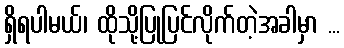
ရှိရပါမယ်၊ ထိုသို့ပြုပြင်လိုက်တဲ့အခါမှာ ...